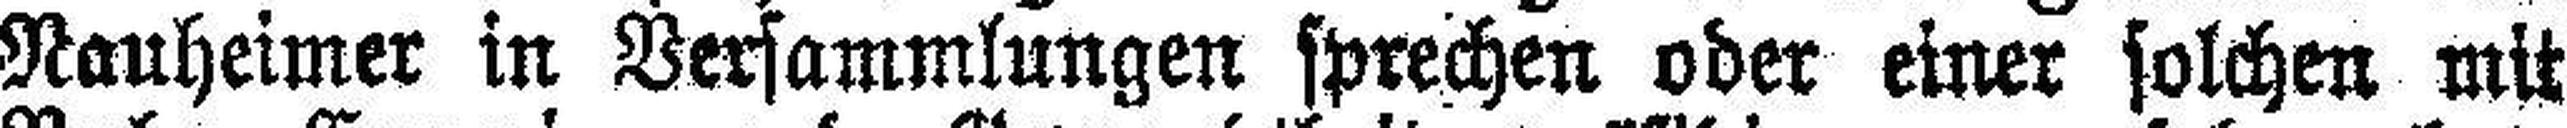
Nauheimer in Versammlungen sprechen oder einer solchen mit